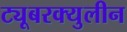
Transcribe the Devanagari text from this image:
ट्यूबरक्युलीन